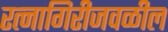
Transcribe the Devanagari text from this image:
रत्‍नागिरीजवळील